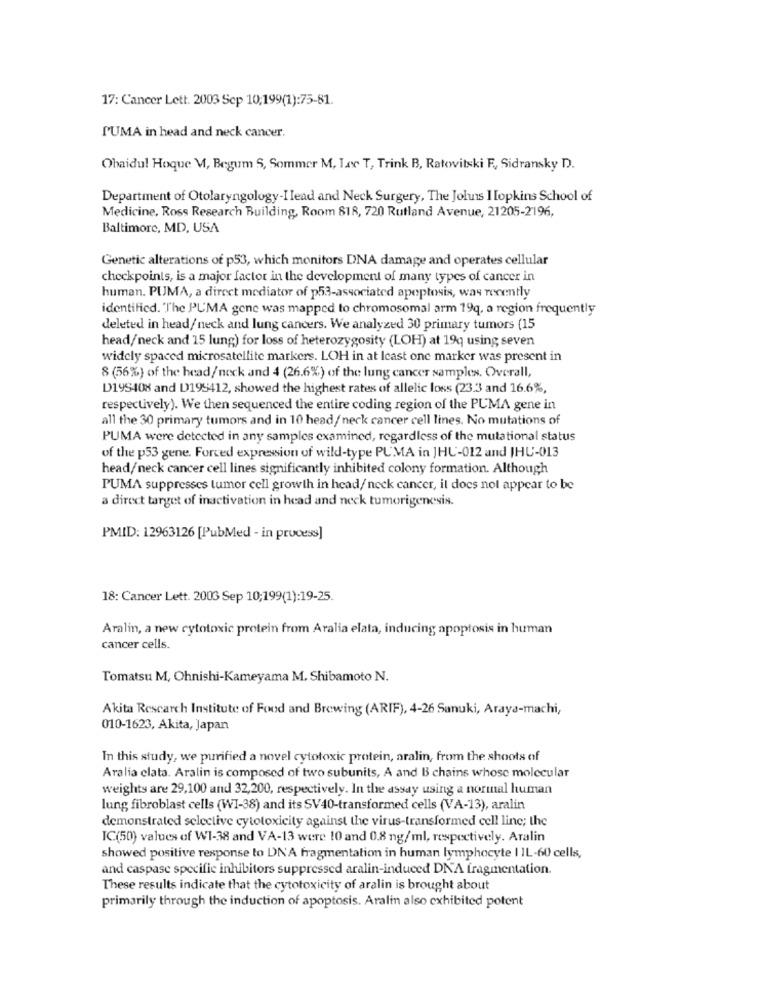
17: Cancer Lett. 2003 Sep 10;199(1):75-81.
PUMA in head and neck cancer.
Obaidu! Hoque M, Begum S, Sommer M, Law T, Trink B, Ratovitski F, Sidransky D.
Department of Otolaryngology-I lead and Neck Surgery, The Johns Hopkins School of
Medicine, Ross Research Building, Room 818, 720 Rutland Avenue, 21205-2196,
Baltimore, MD, USA
Genetic alterations of p53, which monitors DNA damage and operates cellular
checkpoints, is a major factor in the development of many types of cancer in
human. PUMA, a direct mediator of p53-associated apoptosis, was recently
identified. The PUMA gene was mapped to chromosomal arm 19q, a region frequently
deleted in head/neck and lung cancers. We analyzed 30 primary tumors (15
head/neck and 15 lung) for loss of heterozygosity (LOH) at 19q using seven
widely spaced microsatellite markers. LOH in at least one marker was present in
8 (56%) of the head/ nick and 4 (26.6%) of the lung cancer samples. Overall,
D19S408 and D195412, showed the highest rates of allelic loss (23.3 and 16.6%,
respectively). We then sequenced the entire coding region of the PUMA gene in
all the 30 primary tumors and in 10 head/ neck cancer cell lines. No mutations of
PUMA were detected in any samples examined, regardless of the mutational status
of the p53 gene. Forced expression of wild-type PUMA in JHU-012 and JHU-013
head/neck cancer cell lines significantly inhibited colony formation. Although
PUMA suppresses tumor cell growth in head/ neck cancer, il does not appear to be
a direct target of inactivation in head and neck tumorigenesis.
PMID: 12963126 [PubMed - in process]
18: Cancer Lett. 2003 Sep 10;199(1):19-25.
Aralin, a new cytotoxic protein from Aralia elata, inducing apoptosis in human
cancer cells.
Tomatsu M, Ohnishi-Kameyama M. Shibamoto N.
Akita Research Institute of Food and Brewing (ARIF), 4-26 Sanuki, Araya-machi,
010-1623, Akita, Japan
In this study, we purified a novel cytotoxic protein, aralin, from the shoots of
Aralia clata. Aralin is composed of two subunits, A and B chains whose molecular
weights are 29,100 and 32,200, respectively. In the assay using a normal human
lung fibroblast cells (WI-38) and its SV40-transformed cells (VA-13), aralin
demonstrated selective cytotoxicity against the virus-transformed cell line; the
IC(50) values of WI-38 and VA-13 were 10 and 0.8 ng/ml, respectively. Aralin
showed positive response to LN'A fragmentation in human lymphocyte | IL-60 cells,
and caspase specific inhibitors suppressed aralin-induced DNA fragmentation.
These results indicate that the cytotoxicity of aralin is brought about
primarily through the induction of apoptosis. Aralin also exhibited potent